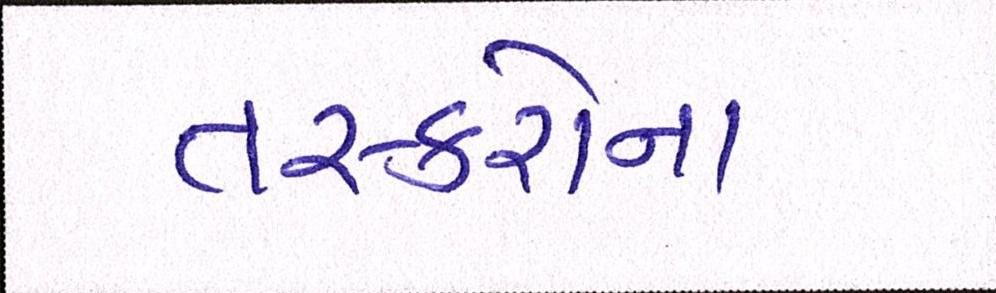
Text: તસ્કરોના